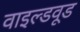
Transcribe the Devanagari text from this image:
वाइल्डवूड